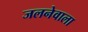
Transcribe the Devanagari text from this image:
जलनेवाला